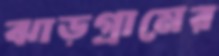
ঝাড়গ্রামের